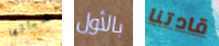
أشيائها بالأول قادتنا